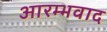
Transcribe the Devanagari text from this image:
आरम्भवाद